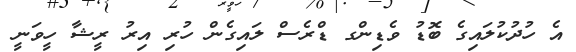
އެ ހުދުކުލައިގެ ބޮޑު ވެޑިންގ ޑްރެސް ލައިގެން ހުރި އިރު ރީޝާ ހީވަނީ